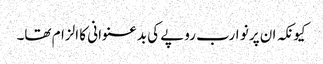
کیونکہ ان پر نو ارب روپے کی بدعنوانی کا الزام تھا۔